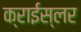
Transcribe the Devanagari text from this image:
क्राईस्लर